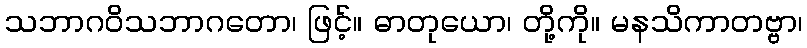
သဘာဂဝိသဘာဂတော၊ ဖြင့်။ ဓာတုယော၊ တို့ကို။ မနသိကာတဗ္ဗာ၊